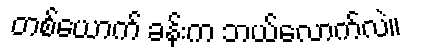
တစ်ယောက် ခန်းက ဘယ်လောက်လဲ။